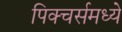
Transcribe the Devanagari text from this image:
पिक्‍चर्समध्ये